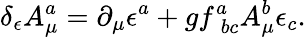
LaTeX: \delta_{\epsilon}A_{\mu}^{a}=\partial_{\mu}\epsilon^{a}+gf_{\; bc}^{a}A_{\mu}^{b}\epsilon_{c}.